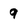
Character: 9